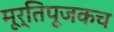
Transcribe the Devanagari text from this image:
मूर्तिपूजकच